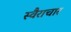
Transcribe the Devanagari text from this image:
स्वैराचार